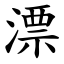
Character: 漂